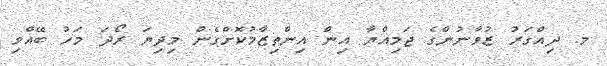
މ. ދިއްގަރު ޒުވާނުންގެ ޖަމިއްޔާ އިން އިންތިޒާމުކޮށްގެން މިދިޔަ ރޯދަ މަހު ބޭއްވި